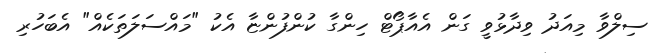
ސިލްވާ މިއަދު ވިދާޅުވީ ގަން އެއާޕޯޓް ހިންގާ ކުންފުންޏާ އެކު "މައްސަލަތަކެއް" އެބަހުރި